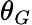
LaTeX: \theta_{G}